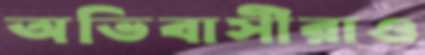
অভিবাসীরাও